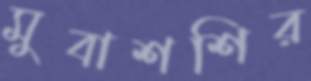
মুবাশশির